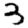
Digit: 3